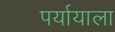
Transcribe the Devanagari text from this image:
पर्यायाला